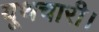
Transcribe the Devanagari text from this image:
यूथचारी।